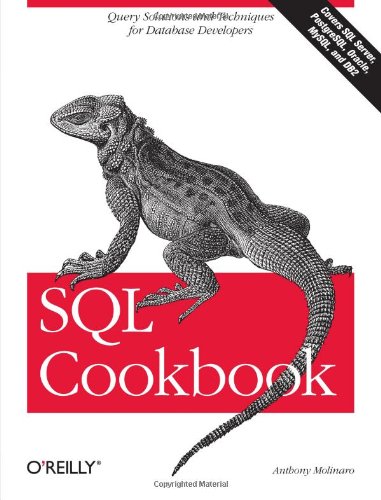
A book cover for SQL Cookbook (Cookbooks (O'Reilly)); Anthony Molinaro; Computers & Technology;